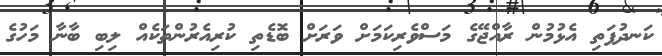
ކަނދުފަތި އެޅުމުން ރާއްޖޭގެ މަސްވެރިކަމަށް ވަރަށް ބޮޑެތި ކުރިއެރުންތަކެއް ލިބި ބާނާ މަހުގެ